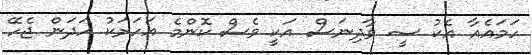
ހަމައެއާ އެކު ސީ ވާދިނަސް އަކީ ވެސް ކޮންމެ އަހަރަކު ހަދަން ޖެހޭ